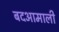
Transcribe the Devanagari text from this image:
बदआमाली